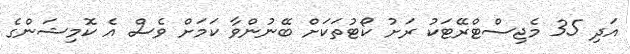
އަދި 35 މެޖިސްޓްރޭޓަކު ރަށު ކޯޓުތަކަށް ބޭނުންވާ ކަމަށް ވެސް އެ ކޮމިޝަންގެ